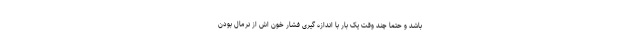
باشد و حتماً چند وقت یک بار با اندازه گیری فشار خون اش از نرمال بودن